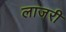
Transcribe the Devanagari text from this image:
लाजरी